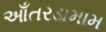
આઁતરડામામ